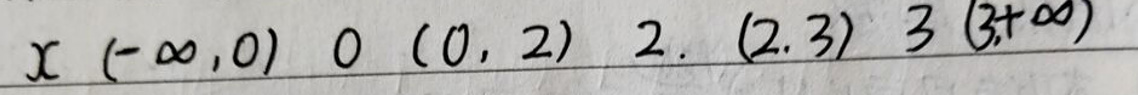
$x (-\infty, 0) 0 (0, 2) 2. (2, 3) 3 (3,+\infty)$